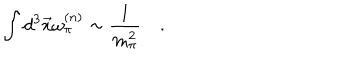
\int d ^ { 3 } \vec { x } \omega _ { \pi } ^ { ( n ) } \sim \frac { 1 } { m _ { \pi } ^ { 2 } } \quad .